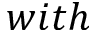
w i t h